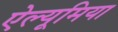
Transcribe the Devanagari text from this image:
ऐल्यूमिया